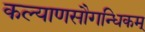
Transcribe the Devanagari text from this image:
कल्याणसौगन्धिकम्